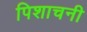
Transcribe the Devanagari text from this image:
पिशाचनी